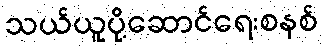
သယ်ယူပို့ဆောင်ရေးစနစ်